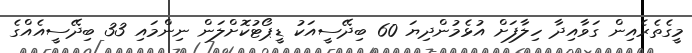
މީގެތެރެއިން ގަވާއިދާ ހިލާފަށް އުޅެމުންދިޔަ 60 ބިދޭސީއަކު ޑީޕޯޓުކޮށްލަން ނިންމައި 33 ބިދޭސީއެއްގެ